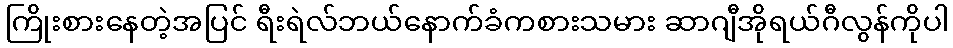
ကြိုးစားနေတဲ့အပြင် ရီးရဲလ်ဘယ်နောက်ခံကစားသမား ဆာဂျီအိုရယ်ဂီလွန်ကိုပါ